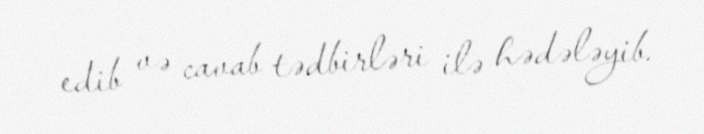
edib və cavab tədbirləri ilə hədələyib.